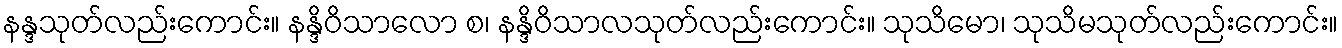
နန္ဒသုတ်လည်းကောင်း။ နန္ဒိဝိသာလော စ၊ နန္ဒိဝိသာလသုတ်လည်းကောင်း။ သုသိမော၊ သုသိမသုတ်လည်းကောင်း။